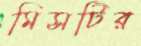
মিসটির